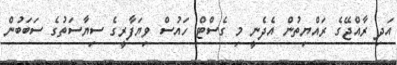
އަދި ރާއްޖޭގެ ރައްޔިތުން އެދެނީ މި ގެސްޓް ހައުސް ވިޔަފާރީގެ ސިޔާސަތުގެ ސަބަބުން